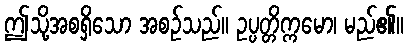
ဤသို့အစရှိသော အစဉ်သည်။ ဥပ္ပတ္တိက္ကမော၊ မည်၏။